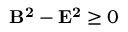
\begin{array} { r l r } { \mathrm { ~ } } & { { } } & { \mathbf { B ^ { 2 } } - \mathbf { E ^ { 2 } } \ge 0 } \end{array}